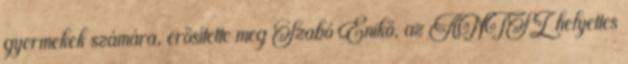
gyermekek számára, erősítette meg Szabó Enikő, az ÁNTSZ helyettes